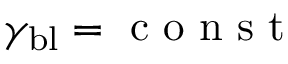
{ \gamma _ { \mathrm { b l } } = \mathrm { ~ c ~ o ~ n ~ s ~ t ~ } }